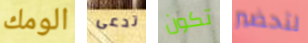
الومك تدعى تكون لتحضير